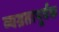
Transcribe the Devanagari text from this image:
व्यग्रतापूर्वक